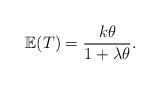
LaTeX: \begin{align*} \mathbb{E}(T) = \frac{k\theta}{1+\lambda\theta}.\end{align*}